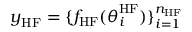
\boldsymbol { y } _ { \mathrm { H F } } = \{ f _ { \mathrm { H F } } ( \boldsymbol { \theta } _ { i } ^ { \mathrm { H F } } ) \} _ { i = 1 } ^ { n _ { \mathrm { H F } } }